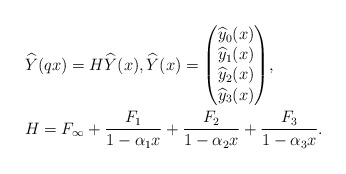
\begin{align*}& \widehat{Y}(qx) = H \widehat{Y}(x), \widehat{Y}(x) = \begin{pmatrix} \widehat{y}_0(x) \\ \widehat{y}_1(x) \\ \widehat{y}_2(x) \\ \widehat{y}_3(x) \end{pmatrix}\!,\\&H = F_{\infty}+ \frac{F_1}{1-\alpha_1 x}+ \frac{F_2}{1-\alpha_2 x}+ \frac{F_3}{1-\alpha_3 x} .\end{align*}